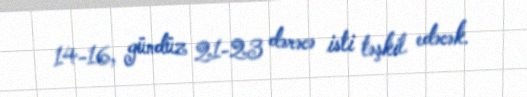
14-16, gündüz 21-23 dərəcə isti təşkil edəcək.